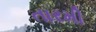
તારમી